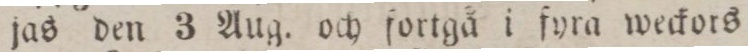
jas den 3 Aug. och fortgå i fyra weckors